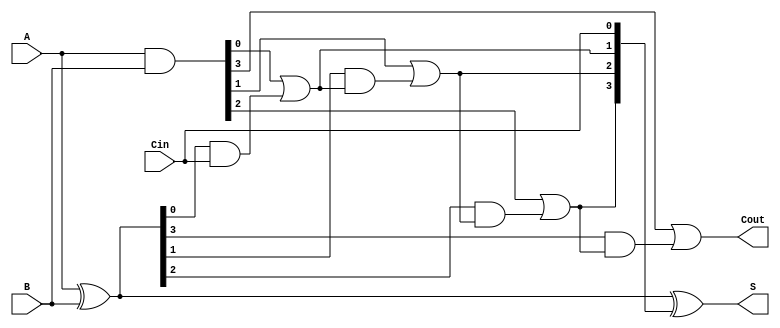
module CarryLookaheadAdder #(parameter n = 4) (
    input [n-1:0] A,      // First n-bit input
    input [n-1:0] B,      // Second n-bit input
    input Cin,            // Carry-in
    output [n-1:0] S,     // n-bit sum output
    output Cout           // Carry-out
);

    wire [n-1:0] G;       // Generate signals
    wire [n-1:0] P;       // Propagate signals
    wire [n:0] C;         // Carry signals

    // Generate and Propagate calculations
    assign G = A & B;          // Generate: G[i] = A[i] & B[i]
    assign P = A ^ B;          // Propagate: P[i] = A[i] ^ B[i]

    // Carry calculations
    assign C[0] = Cin;         // C0 = Cin

    genvar i;
    generate
        for (i = 0; i < n; i = i + 1) begin : carry_logic
            if (i == 0) begin
                assign C[i+1] = G[i] | (P[i] & C[i]); // C1 = G0 + (P0 * C0)
            end else begin
                assign C[i+1] = G[i] | (P[i] & C[i]); // Ci+1 = Gi + (Pi * Ci)
            end
        end
    endgenerate

    // Sum calculations
    assign S = P ^ C[n-1:0]; // S[i] = P[i] ^ C[i]

    // Final carry-out
    assign Cout = C[n];       // Cout = Cn

endmodule